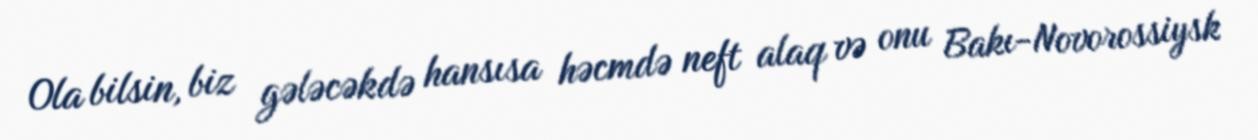
Ola bilsin, biz gələcəkdə hansısa həcmdə neft alaq və onu Bakı-Novorossiysk